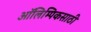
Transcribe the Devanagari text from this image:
ऑलिम्पिकसाठी